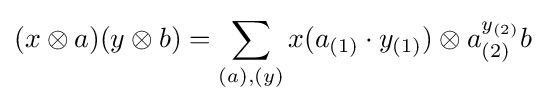
(x\otimes a)(y\otimes b)=\sum _{(a),(y)}x(a_{(1)}\cdot y_{(1)})\otimes a_{(2)}^{y_{(2)}}b